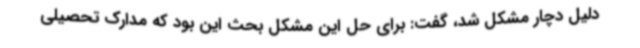
دلیل دچار مشکل شد، گفت: برای حل این مشکل بحث این بود که مدارک تحصیلی